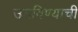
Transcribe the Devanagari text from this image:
उगविण्याची